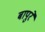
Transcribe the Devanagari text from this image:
बापुरे